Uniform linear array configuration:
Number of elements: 64
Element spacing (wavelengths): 0.25
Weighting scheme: exponential
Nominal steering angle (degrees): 0
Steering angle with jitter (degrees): -1.1
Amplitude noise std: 0.05
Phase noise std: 0.05

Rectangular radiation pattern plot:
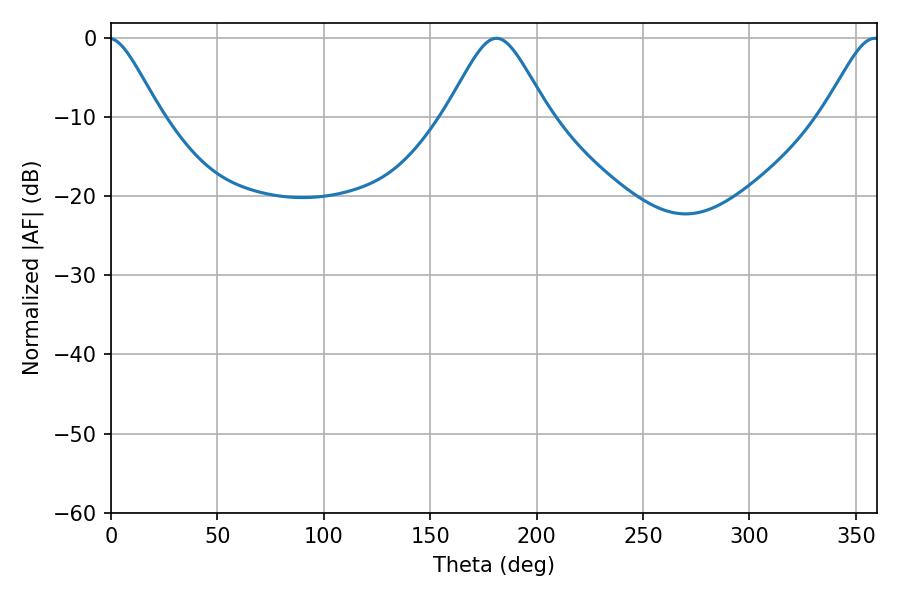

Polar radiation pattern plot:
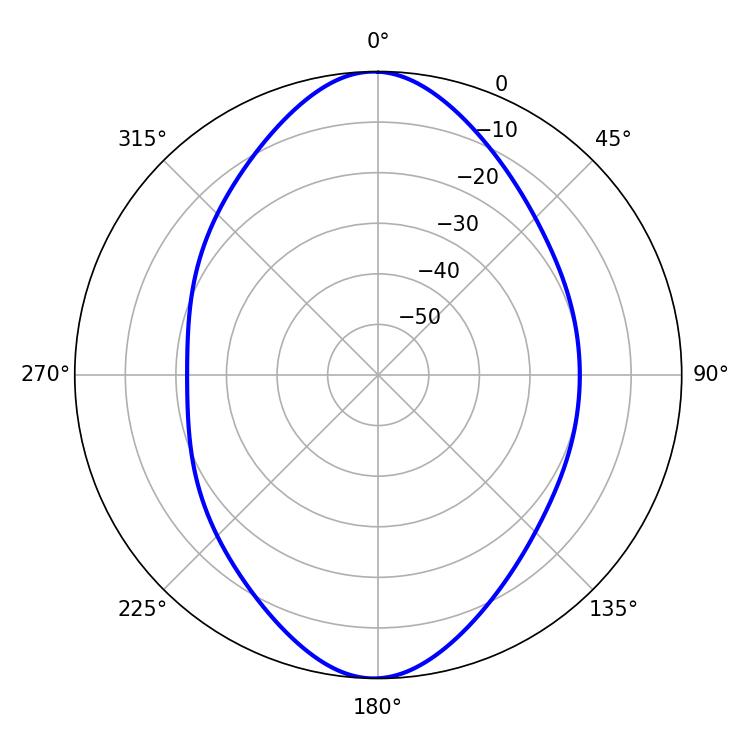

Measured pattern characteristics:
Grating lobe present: FALSE
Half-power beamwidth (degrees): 23.4
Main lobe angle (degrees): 181.08